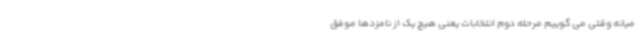
میانه وقتی می گوییم مرحله دوم انتخابات یعنی هیچ یک از نامزدها موفق